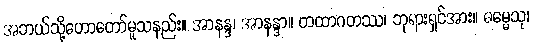
အဘယ်သို့ဟောတော်မူသနည်း။ အာနန္ဒ၊ အာနန္ဒာ။ တထာဂတဿ၊ ဘုရားရှင်အား။ ဓမ္မေသု၊